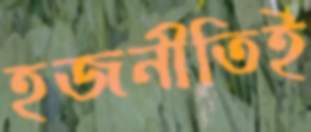
হজনীতিই